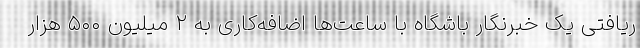
ریافتی یک خبرنگار باشگاه با ساعت‌ها اضافه‌کاری به ۲ میلیون ۵۰۰ هزار